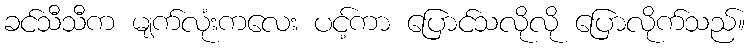
ခင်သီသီက မျက်လုံးကလေး ပင့်ကာ ပြောင်သလိုလို ပြောလိုက်သည်။